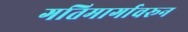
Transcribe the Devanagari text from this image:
गतिमार्गावरून